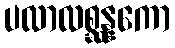
ပလာလစ္ဆန္နကော